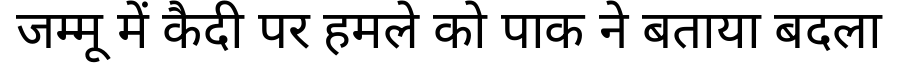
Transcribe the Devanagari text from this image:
जम्मू में कैदी पर हमले को पाक ने बताया बदला